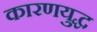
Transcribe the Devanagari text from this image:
कारणयुद्ध